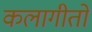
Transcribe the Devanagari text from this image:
कलागीतों